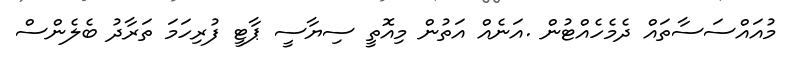
މުއައްސަސާތައް ދެމެހެއްޓުން .އަނެއް އަތުން މިއޮތީ ސިޔާސީ ޕާޓީ ފުރިހަމަ ތަރާދު ބެލެންސް